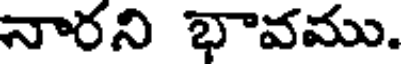
నారని భావము.